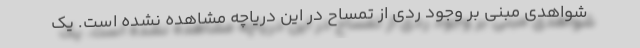
شواهدی مبنی بر وجود ردی از تمساح در این دریاچه مشاهده نشده است. یک